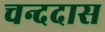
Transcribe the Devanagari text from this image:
चन्ददास